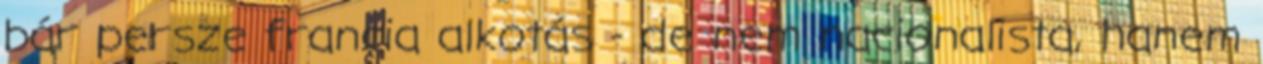
bár persze francia alkotás - de nem nacionalista, hanem